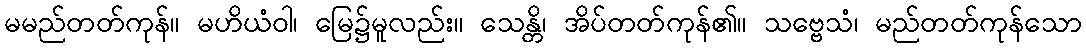
မမည်တတ်ကုန်။ မဟိယံဝါ၊ မြေ၌မူလည်း။ သေန္တိ၊ အိပ်တတ်ကုန်၏။ သဗ္ဗေသံ၊ မည်တတ်ကုန်သော